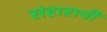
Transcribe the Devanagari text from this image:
संहाराची